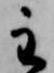
主